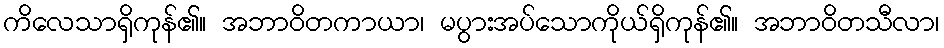
ကိလေသာရှိကုန်၏။ အဘာဝိတကာယာ၊ မပွားအပ်သောကိုယ်ရှိကုန်၏။ အဘာဝိတသီလာ၊